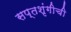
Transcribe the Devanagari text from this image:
सप्तशृंगीची